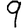
Digit: 9